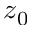
z _ { 0 }